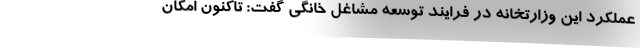
عملکرد این وزارتخانه در فرایند توسعه مشاغل خانگی گفت: تاکنون امکان